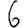
Digit: 6